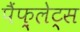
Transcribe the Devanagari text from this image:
पैंफ़्लेट्स